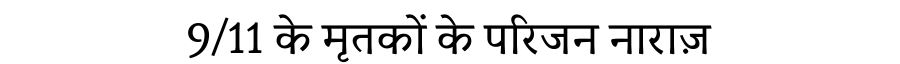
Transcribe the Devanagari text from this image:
9/11 के मृतकों के परिजन नाराज़